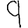
Digit: 9